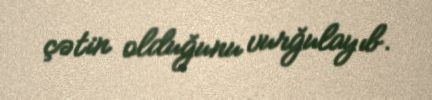
çətin olduğunu vurğulayıb.